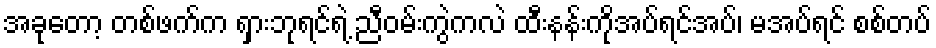
အခုတော့ တစ်ဖက်က ရှားဘုရင်ရဲ့ ညီဝမ်းကွဲကလဲ ထီးနန်းကိုအပ်ရင်အပ်၊ မအပ်ရင် စစ်တပ်